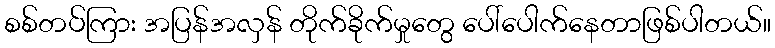
စစ်တပ်ကြား အပြန်အလှန် တိုက်ခိုက်မှုတွေ ပေါ်ပေါက်နေတာဖြစ်ပါတယ်။